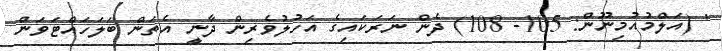
' (އަލްމުއުމިނޫން: 105- 108) ދެން ނަރަކައިގެ އަހުލުވެރިން ދާނީ އެތަން ބަލަހައްޓަވަން